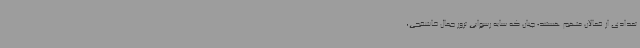
تعدادی از فعالان متهم هستند؛ چنان که سایه رسوایی ترور جمال خاشقجی،